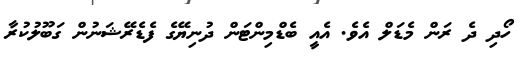
ހޯދި ދެ ރަން މެޑަލް އެވެ. އެއީ ބެޑްމިންޓަން ދުނިޔޭގެ ފެޑެރޭޝަނުން ގަބޫލުކުރާ